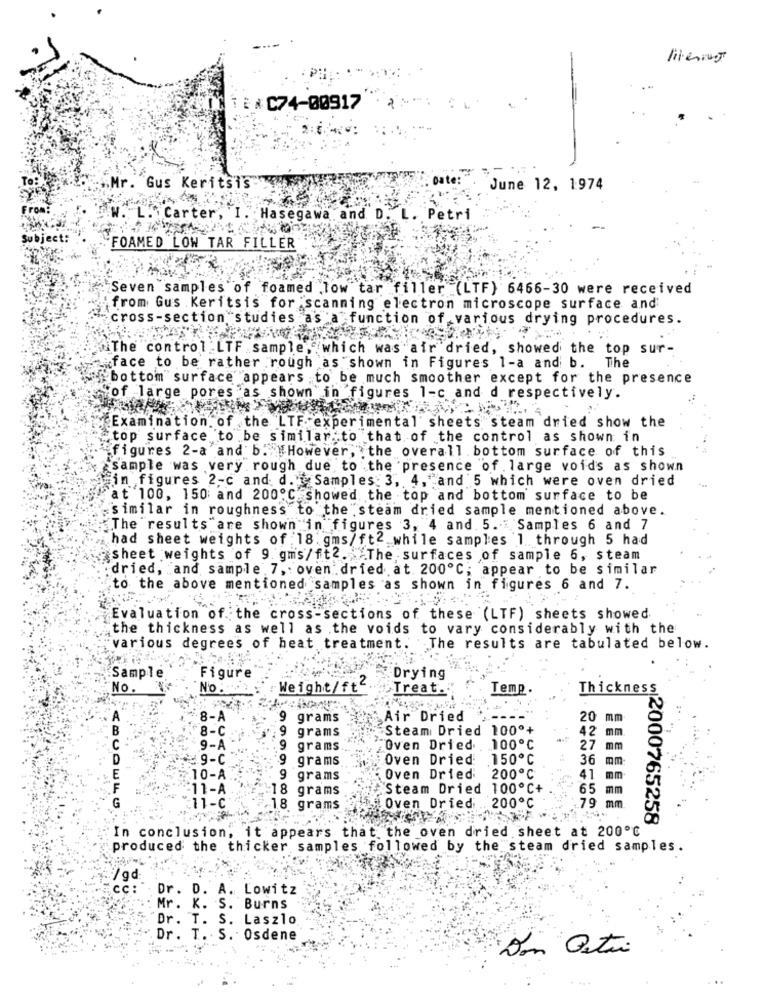
liveien
i : * C74-00917
Date:"
Gus Keritsis
June 12, 1974
"L. Carter, I. Hasegawa and. D
L. Petri
Subject:
FOAMED LOW TAR FILLER
Seven samples of foamed low tar filler (LTF) 6466-30 were received
from Gus Keritsis for scanning electron microscope surface and
cross-section studies as a function of various drying procedures.
"The control LTF sample, which was air dried, showed the top sur-
face to be rather rough as shown in Figures 1-a and b. The
bottom surface appears to be much smoother except for the presence
"of large pores as shown in figures 1-c and d respectively.
Examination of the LTF. experimental sheets steam dried show the
top surface 'to be similar to that of the control as shown in
figures 2-a and b. "However, the overall. bottom surface of this
sample was very rough due to the presence of large voids as shown
in figures 2-c and d. Samples: 3, 4, and 5 which were oven dried
at 100, 150 and 200℃ showed the top and bottom surface to be
similar in roughness to the steam dried sample mentioned above.
"The results are shown in figures 3, 4 and 5. " Samples 6 and 7
had sheet weights of :18. gms/ft2 while samples 1 through 5 had
sheet weights of 9. gms/ft. The surfaces of sample 6, steam
dried, and sample 7, oven dried at 200℃; appear to be similar
to the above mentioned samples as shown in figures 6 and 7.
Evaluation of the cross sections of these (LTF) sheets showed
the thickness as well as the voids to vary considerably with the
various degrees of heat treatment. The results are tabulated below.
Sample
Figure
Drying
No :
Weight/ft2
Treat.
Temp.
Thickness
A
-8-A
9
grams
Air Dried
20 mm-
B
9
grams
Steam Dried 100º+
42 mm.
8-C
C
9-A
9
grams
Oven Dried . 100℃
27 mm
₩9-C
9 grams
Oven Dried 150℃
36 mm:
10-A
9 grams
Oven Dried 200℃
41 mm
#11-A
:18 grams
Steam Dried 100ºC+
65
mm
G
11-C
18 grams
Oven Dried ., 200℃
79 mm
2000765258
In conclusion, it appears that the oven dried sheet at 200℃
produced the thicker samples followed by the steam dried samples.
Dr. D. A. Lowitz
Mr. K. S. Burns
Dr. T. S. Laszlo
Dr. T. S. Osdene
Dan Osti